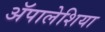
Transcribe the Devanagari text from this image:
ॲपालेशिया